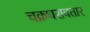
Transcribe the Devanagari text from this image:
चक्रधरावतार